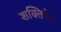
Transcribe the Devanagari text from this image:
शक्तिकेंद्र